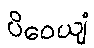
ပိဝေယျံ